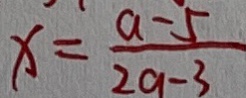
x = \frac { a - 5 } { 2 a - 3 }